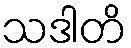
သဒါတိ